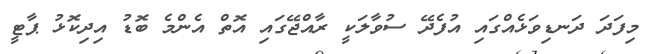
މިފަދަ ދަނޑިވަޅެއްގައި އުފެދޭ ސުވާލަކީ ރާއްޖޭގައި އޮތް އެންމެ ބޮޑު އިދިކޮޅު ޕާޓީ